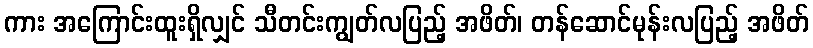
ကား အကြောင်းထူးရှိလျှင် သီတင်းကျွတ်လပြည့် အဖိတ်၊ တန်ဆောင်မုန်းလပြည့် အဖိတ်